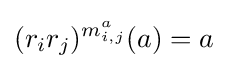
(r_{i}r_{j})^{m_{i,j}^{a}}(a)=a